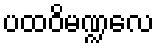
ပထဝိမဏ္ဍလေ